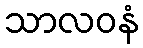
သာလဝနံ